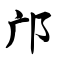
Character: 邝